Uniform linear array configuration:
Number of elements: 16
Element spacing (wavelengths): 1
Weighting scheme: hamming
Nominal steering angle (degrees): -45
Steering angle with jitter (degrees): -43.139
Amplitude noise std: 0.05
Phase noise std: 0.05

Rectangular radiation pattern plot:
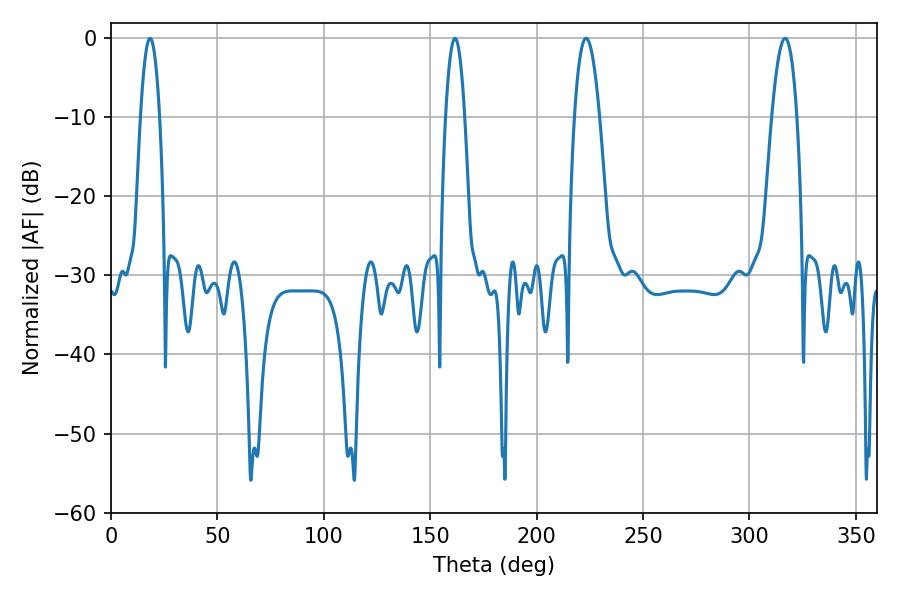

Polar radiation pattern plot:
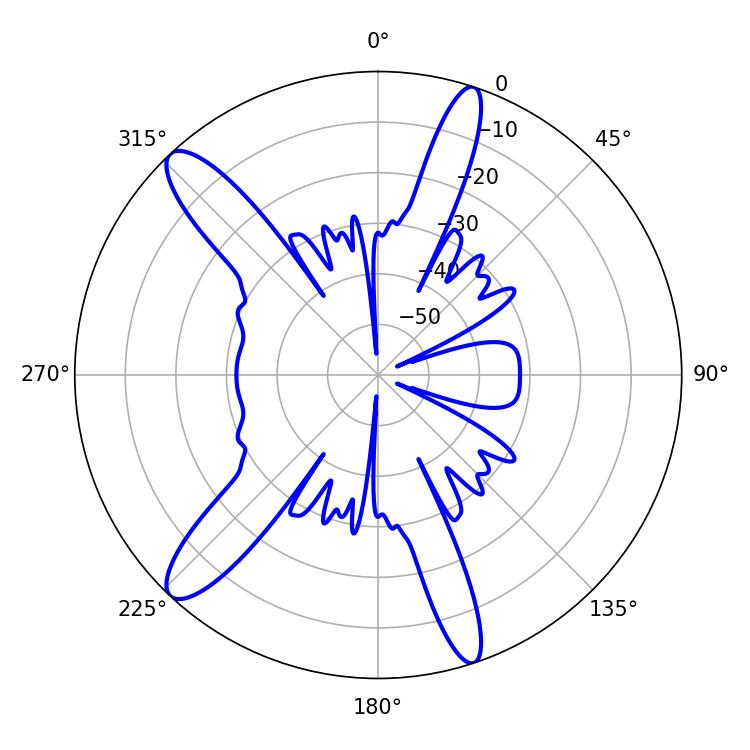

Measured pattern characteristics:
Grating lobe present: TRUE
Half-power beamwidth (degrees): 5.04
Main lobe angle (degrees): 18.36